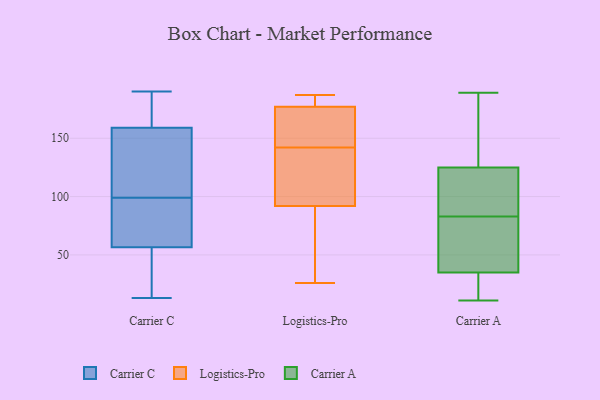
{"axis": {"x": "Headcount", "y": "Value"}, "legend": ["Carrier A", "Carrier C", "Logistics-Pro"], "data": [{"x": "", "y": 150, "type": "Carrier C"}, {"x": "", "y": 190, "type": "Carrier C"}, {"x": "", "y": 93, "type": "Carrier C"}, {"x": "", "y": 87, "type": "Carrier C"}, {"x": "", "y": 58, "type": "Carrier C"}, {"x": "", "y": 13, "type": "Carrier C"}, {"x": "", "y": 99, "type": "Carrier C"}, {"x": "", "y": 52, "type": "Carrier C"}, {"x": "", "y": 23, "type": "Carrier C"}, {"x": "", "y": 182, "type": "Carrier C"}, {"x": "", "y": 114, "type": "Carrier C"}, {"x": "", "y": 189, "type": "Carrier C"}, {"x": "", "y": 49, "type": "Carrier C"}, {"x": "", "y": 154, "type": "Carrier C"}, {"x": "", "y": 75, "type": "Carrier C"}, {"x": "", "y": 174, "type": "Carrier C"}, {"x": "", "y": 141, "type": "Carrier C"}, {"x": "", "y": 26, "type": "Logistics-Pro"}, {"x": "", "y": 73, "type": "Logistics-Pro"}, {"x": "", "y": 124, "type": "Logistics-Pro"}, {"x": "", "y": 92, "type": "Logistics-Pro"}, {"x": "", "y": 160, "type": "Logistics-Pro"}, {"x": "", "y": 187, "type": "Logistics-Pro"}, {"x": "", "y": 187, "type": "Logistics-Pro"}, {"x": "", "y": 177, "type": "Logistics-Pro"}, {"x": "", "y": 115, "type": "Logistics-Pro"}, {"x": "", "y": 167, "type": "Logistics-Pro"}, {"x": "", "y": 31, "type": "Carrier A"}, {"x": "", "y": 87, "type": "Carrier A"}, {"x": "", "y": 125, "type": "Carrier A"}, {"x": "", "y": 35, "type": "Carrier A"}, {"x": "", "y": 122, "type": "Carrier A"}, {"x": "", "y": 11, "type": "Carrier A"}, {"x": "", "y": 137, "type": "Carrier A"}, {"x": "", "y": 110, "type": "Carrier A"}, {"x": "", "y": 79, "type": "Carrier A"}, {"x": "", "y": 23, "type": "Carrier A"}, {"x": "", "y": 189, "type": "Carrier A"}, {"x": "", "y": 72, "type": "Carrier A"}, {"x": "", "y": 68, "type": "Carrier A"}, {"x": "", "y": 141, "type": "Carrier A"}]}